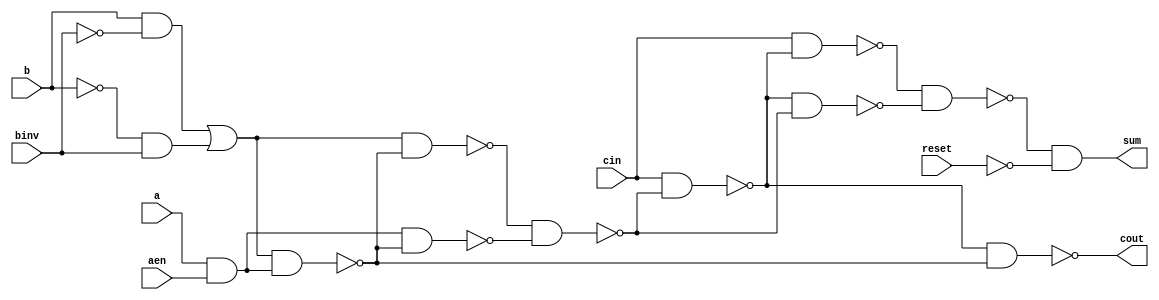
`timescale 1ns / 1ps
//////////////////////////////////////////////////////////////////////////////////
// Company: 
// Engineer: 
// 
// Design Name: 
// Module Name: FA_1bit
// Project Name: 
// Target Devices: 
// Tool Versions: 
// Description: 
// 
// Dependencies: 
// 
// Revision:
// Revision 0.01 - File Created
// Additional Comments:
// 
//////////////////////////////////////////////////////////////////////////////////


module FA_1bit(reset, a, b, aen, binv, cin, cout, sum);
    input reset, a, b, aen, binv, cin;
    output cout, sum;

  wire x1, x2, x3, x4, x5, x6, x7, x8, x9, x10;

    assign x1 = (b & !binv) | (!b & binv);
    assign x2 = (a & aen);
    assign x3 = !(x1 & x2);
    assign x4 = !(x1 & x3);
    assign x5 = !(x2 & x3);
    assign x6 = !(x4 & x5);
    assign x7 = !(cin & x6);
    assign x8 = !(cin & x7);
    assign x9 = !(x7 & x6);
    assign x10 = !(x8 & x9);
    assign cout = !(x7 & x3);
    assign sum = (x10 & !reset);

endmodule